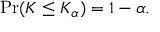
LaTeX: \Pr ( K \leq K _ { \alpha } ) = 1 - \alpha .